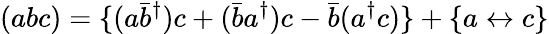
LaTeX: (abc)=\{ (a\bar{b}^{\dagger})c+(\bar{b}a^{\dagger})c-\bar{b}(a^{\dagger}c)\} +\{ a\leftrightarrow c\}